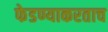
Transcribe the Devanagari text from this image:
फेडण्याकरताच